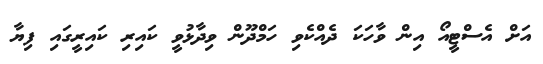
އަށް އެސްޓީއޯ އިން ވާހަކަ ދެއްކެވި ހަމްދޫން ވިދާޅުވީ ކައިރި ކައިރީގައި ފިޔާ